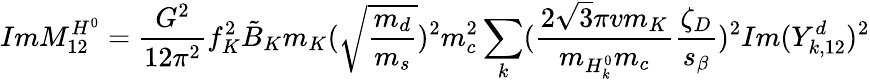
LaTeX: ImM_{12}^{H^{0}}=\frac{G^{2}}{12\pi^{2}}f_{K}^{2}\tilde{B}_{K}m_{K}(\sqrt{\frac{m_{d}}{m_{s}}})^{2}m_{c}^{2}\sum_{k}(\frac{2\sqrt{3}\pi vm_{K}}{m_{H_{k}^{0}}m_{c}}\frac{\zeta_{D}}{s_{\beta}})^{2}Im(Y_{k,12}^{d})^{2}